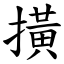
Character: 撗